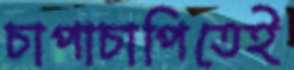
চাপাচাপিতেই